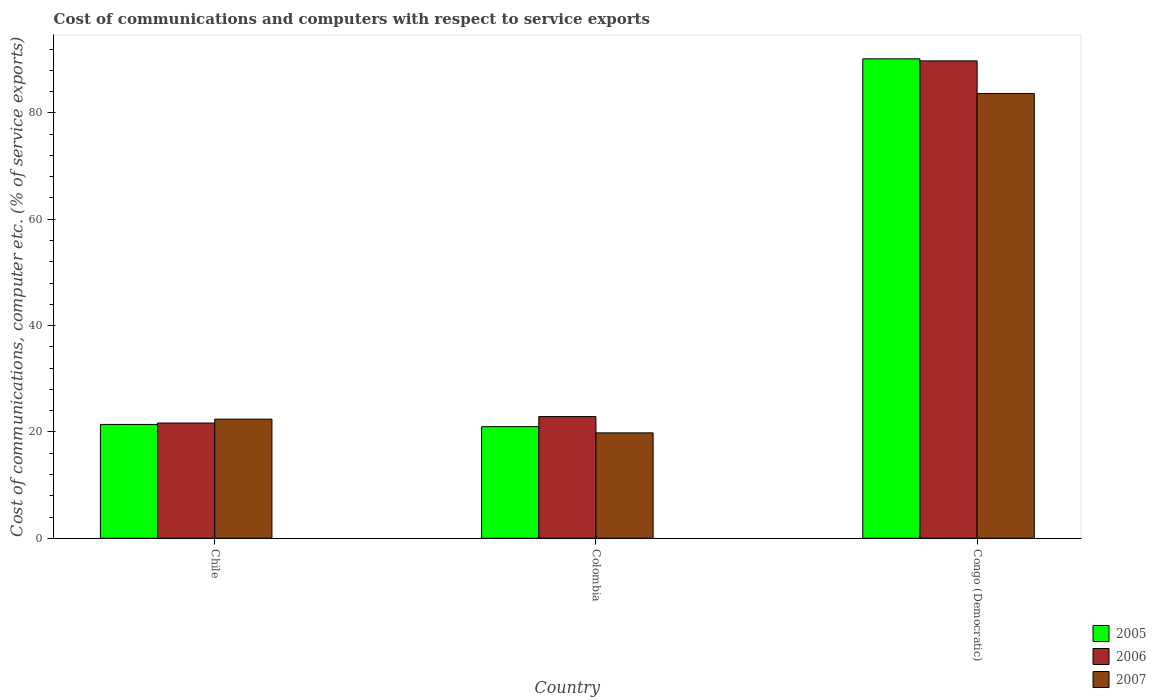
| Country | 2005 | 2006 | 2007 |
 | --- | --- | --- | --- |
 | Chile | 21.4 | 21.7 | 22.4 |
 | Colombia | 21 | 22.9 | 19.8 |
 | Congo (Democratic) | 90.2 | 89.8 | 83.6 |